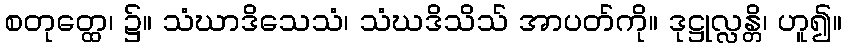
စတုတ္ထေ၊ ၌။ သံဃာဒိသေသံ၊ သံဃဒိသိသ် အာပတ်ကို။ ဒုဋ္ဌုလ္လန္တိ၊ ဟူ၍။